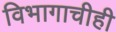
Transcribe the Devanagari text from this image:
विभागाचीही